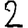
Digit: 2